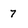
Character: 7